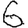
Digit: 6